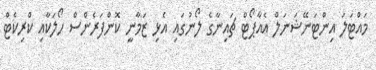
މައްޓަލަ އިންޓަނޭޝަނަލް އެއާޕޯޓް ޗައިނާގެ ލޯނުގައި އެޅި ޒަމާނީ ކޮންފަރެންސް ހޯލަކާއި ކްރިކެޓް